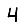
Digit: 4